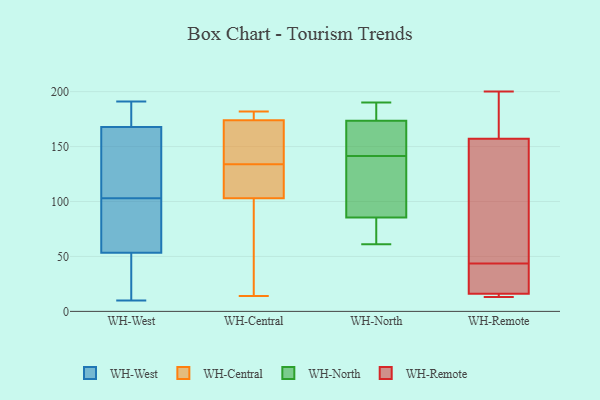
{"axis": {"x": "Production Output", "y": "Value"}, "legend": ["WH-Central", "WH-North", "WH-Remote", "WH-West"], "data": [{"x": "", "y": 191, "type": "WH-West"}, {"x": "", "y": 151, "type": "WH-West"}, {"x": "", "y": 167, "type": "WH-West"}, {"x": "", "y": 10, "type": "WH-West"}, {"x": "", "y": 170, "type": "WH-West"}, {"x": "", "y": 48, "type": "WH-West"}, {"x": "", "y": 55, "type": "WH-West"}, {"x": "", "y": 175, "type": "WH-West"}, {"x": "", "y": 62, "type": "WH-West"}, {"x": "", "y": 12, "type": "WH-West"}, {"x": "", "y": 60, "type": "WH-West"}, {"x": "", "y": 103, "type": "WH-West"}, {"x": "", "y": 150, "type": "WH-West"}, {"x": "", "y": 174, "type": "WH-Central"}, {"x": "", "y": 182, "type": "WH-Central"}, {"x": "", "y": 91, "type": "WH-Central"}, {"x": "", "y": 103, "type": "WH-Central"}, {"x": "", "y": 124, "type": "WH-Central"}, {"x": "", "y": 144, "type": "WH-Central"}, {"x": "", "y": 180, "type": "WH-Central"}, {"x": "", "y": 105, "type": "WH-Central"}, {"x": "", "y": 162, "type": "WH-Central"}, {"x": "", "y": 14, "type": "WH-Central"}, {"x": "", "y": 190, "type": "WH-North"}, {"x": "", "y": 173, "type": "WH-North"}, {"x": "", "y": 133, "type": "WH-North"}, {"x": "", "y": 154, "type": "WH-North"}, {"x": "", "y": 76, "type": "WH-North"}, {"x": "", "y": 62, "type": "WH-North"}, {"x": "", "y": 86, "type": "WH-North"}, {"x": "", "y": 159, "type": "WH-North"}, {"x": "", "y": 85, "type": "WH-North"}, {"x": "", "y": 174, "type": "WH-North"}, {"x": "", "y": 132, "type": "WH-North"}, {"x": "", "y": 181, "type": "WH-North"}, {"x": "", "y": 175, "type": "WH-North"}, {"x": "", "y": 61, "type": "WH-North"}, {"x": "", "y": 150, "type": "WH-North"}, {"x": "", "y": 93, "type": "WH-North"}, {"x": "", "y": 13, "type": "WH-Remote"}, {"x": "", "y": 18, "type": "WH-Remote"}, {"x": "", "y": 14, "type": "WH-Remote"}, {"x": "", "y": 55, "type": "WH-Remote"}, {"x": "", "y": 134, "type": "WH-Remote"}, {"x": "", "y": 180, "type": "WH-Remote"}, {"x": "", "y": 200, "type": "WH-Remote"}, {"x": "", "y": 19, "type": "WH-Remote"}, {"x": "", "y": 14, "type": "WH-Remote"}, {"x": "", "y": 188, "type": "WH-Remote"}, {"x": "", "y": 37, "type": "WH-Remote"}, {"x": "", "y": 50, "type": "WH-Remote"}]}